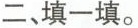
二、填一填。